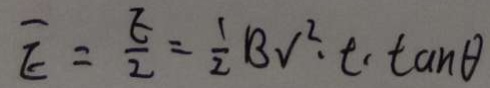
\widehat { E } = \frac { E } { 2 } = \frac { 1 } { 2 } B V ^ { 2 } \cdot t \cdot \tan \theta